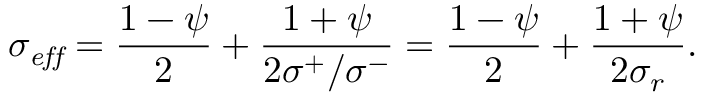
\sigma _ { \it e f f } = \frac { 1 - \psi } { 2 } + \frac { 1 + \psi } { 2 \sigma ^ { + } / \sigma ^ { - } } = \frac { 1 - \psi } { 2 } + \frac { 1 + \psi } { 2 \sigma _ { r } } .